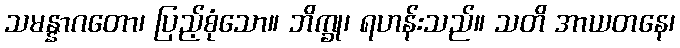
သမန္နာဂတော၊ ပြည့်စုံသော။ ဘိက္ခု၊ ရဟန်းသည်။ သတိ အာယတနေ၊